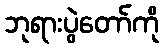
ဘုရားပွဲတော်ကို